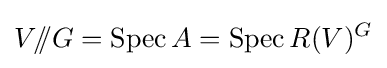
V/\!\!/G=\operatorname {Spec} A=\operatorname {Spec} R(V)^{G}